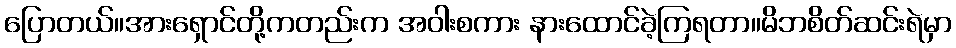
ပြောတယ်။အားရှောင်တို့ကတည်းက အဝါးစကား နားထောင်ခဲ့ကြရတာ။မိဘစိတ်ဆင်းရဲမှာ